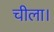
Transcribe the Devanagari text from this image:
चीला।